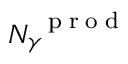
N _ { \gamma } ^ { \mathrm { ~ \tiny ~ p ~ r ~ o ~ d ~ } }